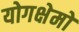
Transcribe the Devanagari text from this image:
योगक्षेमो